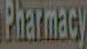
Pharmacy